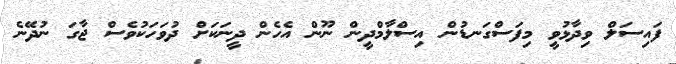
ފައިސަލް ވިދާޅުވީ މިފަސްގަނޑުން އިސްލާމްދީން ނޫން އެހެން ދީނަކަށް ދުވަހަކުވެސް ޖާގަ ނުދޭނެ